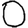
Digit: 0